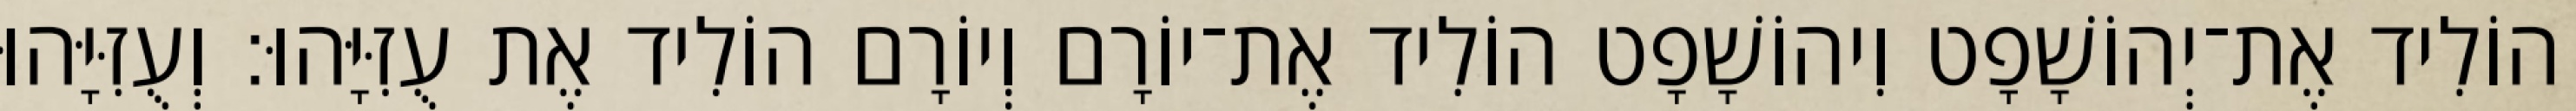
הוֹלִיד אֶת־יְהוֹשָׁפָט וִיהוֹשָׁפָט הוֹלִיד אֶת־יוֹרָם וְיוֹרָם הוֹלִיד אֶת עֻזִּיָּהוּ׃ וְעֻזִּיָּהוּ